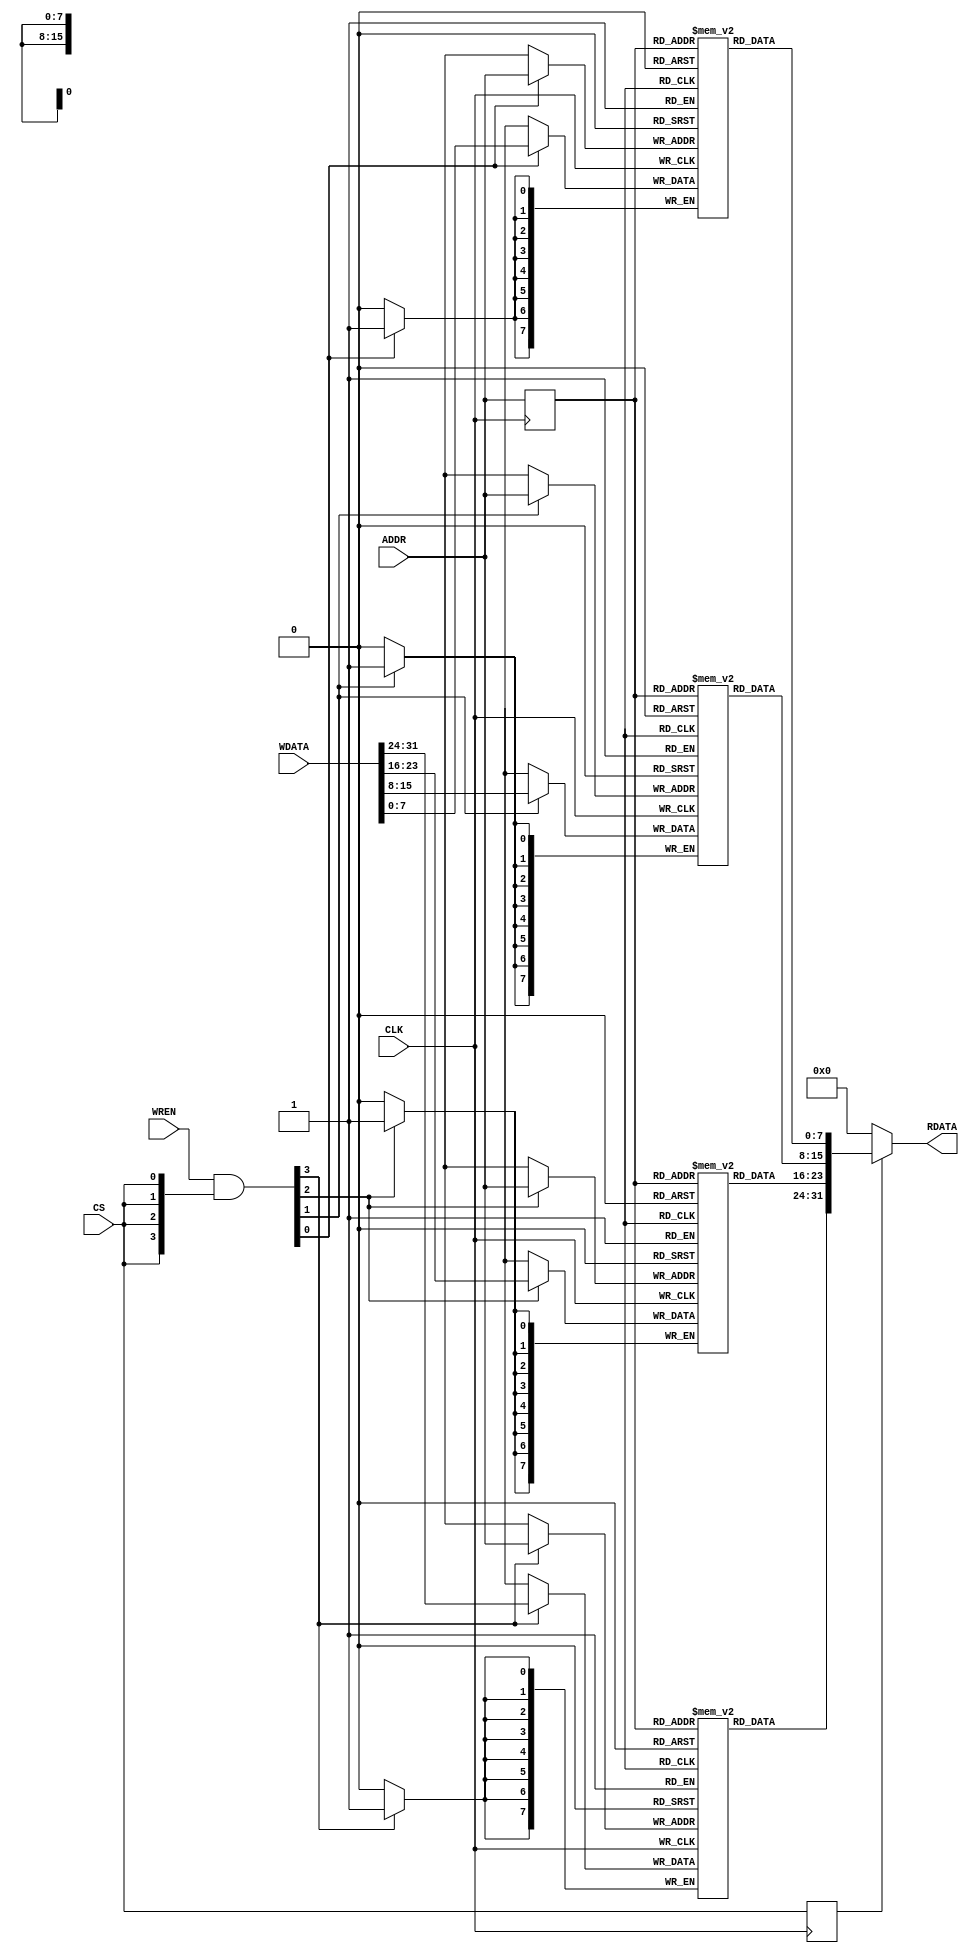
//-----------------------------------------------------------------------------
// The confidential and proprietary information contained in this file may
// only be used by a person authorised under and to the extent permitted
// by a subsisting licensing agreement from ARM Limited.
//
//            (C) COPYRIGHT 2010-2013 ARM Limited.
//                ALL RIGHTS RESERVED
//
// This entire notice must be reproduced on all copies of this file
// and copies of this file may only be made by a person if such person is
// permitted to do so under the terms of a subsisting license agreement
// from ARM Limited.
//
//      SVN Information
//
//      Checked In          : $Date: 2013-04-10 15:27:13 +0100 (Wed, 10 Apr 2013) $
//
//      Revision            : $Revision: 243506 $
//
//      Release Information : Cortex-M System Design Kit-r1p0-00rel0
//
// ----------------------------------------------------------------------------
//  Abstract : FPGA BlockRam/OnChip SRAM
// ----------------------------------------------------------------------------
// The read operation is pipelined. Write operation is not pipelined.

module cmsdk_fpga_sram #(
// --------------------------------------------------------------------------
// Parameters
// --------------------------------------------------------------------------
  parameter AW = 16,
  parameter MEMFILE = "image.hex"
 )
 (
  // Inputs
  input  wire          CLK,
  input  wire [AW-1:0] ADDR,
  input  wire [31:0]   WDATA,
  input  wire [3:0]    WREN,
  input  wire          CS,

  // Outputs
  output wire [31:0]   RDATA
  );

// -----------------------------------------------------------------------------
// Constant Declarations
// -----------------------------------------------------------------------------
localparam AWT = ((1<<(AW-0))-1);

  // Memory Array
  reg     [7:0]   BRAM0 [AWT:0];
  reg     [7:0]   BRAM1 [AWT:0];
  reg     [7:0]   BRAM2 [AWT:0];
  reg     [7:0]   BRAM3 [AWT:0];

  // Internal signals
  reg     [AW-1:0]  addr_q1;
  wire    [3:0]     write_enable;
  reg               cs_reg;
  wire    [31:0]    read_data;

  assign write_enable[3:0] = WREN[3:0] & {4{CS}};

  always @ (posedge CLK)
    begin
    cs_reg <= CS;
    end

  // Infer Block RAM - syntax is very specific.
  always @ (posedge CLK)
    begin
      if (write_enable[0])
        BRAM0[ADDR] <= WDATA[7:0];
      if (write_enable[1])
        BRAM1[ADDR] <= WDATA[15:8];
      if (write_enable[2])
        BRAM2[ADDR] <= WDATA[23:16];
      if (write_enable[3])
        BRAM3[ADDR] <= WDATA[31:24];
      // do not use enable on read interface.
      addr_q1 <= ADDR[AW-1:0];
    end

  assign read_data  = {BRAM3[addr_q1],BRAM2[addr_q1],BRAM1[addr_q1],BRAM0[addr_q1]};


  assign RDATA      = (cs_reg) ? read_data : {32{1'b0}};

`ifdef SIMULATION
  integer i;
  localparam MEM_SIZE = 2**(AW+2);
  reg [7:0] fileimage [0:((MEM_SIZE)-1)];

  initial begin
    //  Initialize memory content to avoid X value on bus
    for (i = 0; i <= AWT; i=i+1)
      begin
        BRAM0[i] = 8'h00;
        BRAM1[i] = 8'h00;
        BRAM2[i] = 8'h00;
        BRAM3[i] = 8'h00;
      end

`ifndef RAMPRELOAD_SPI
  // Simulation
  $readmemh(MEMFILE, fileimage);
      // Copy from single array to splitted array
    for (i=0;i<(MEM_SIZE/4); i= i+1)
    begin
      BRAM3[i] = fileimage[i*4+3];
      BRAM2[i] = fileimage[i*4+2];
      BRAM1[i] = fileimage[i*4+1];
      BRAM0[i] = fileimage[i*4];

    end
`endif // RAMPRELOAD_SPI
  end
`endif // SIMULATION

endmodule